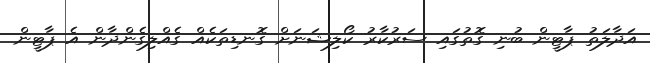
އަދާލަތު ޕާޓީން ބުނި ގޮތުގައި ސަރުކާރު ކޯލިޝަނަށް ގޮނޑިތަކެއް ގެއްލިގެންދާން އެ ޕާޓީން